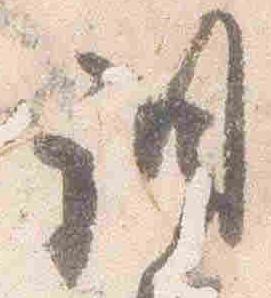
調